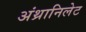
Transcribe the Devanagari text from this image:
अंथ्रानिलेट